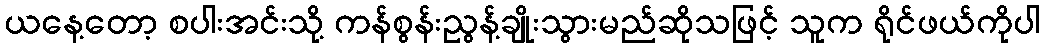
ယနေ့တော့ စပါးအင်းသို့ ကန်စွန်းညွန့်ချိုးသွားမည်ဆိုသဖြင့် သူက ရိုင်ဖယ်ကိုပါ